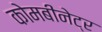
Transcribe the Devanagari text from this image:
कोमबीनेट्र